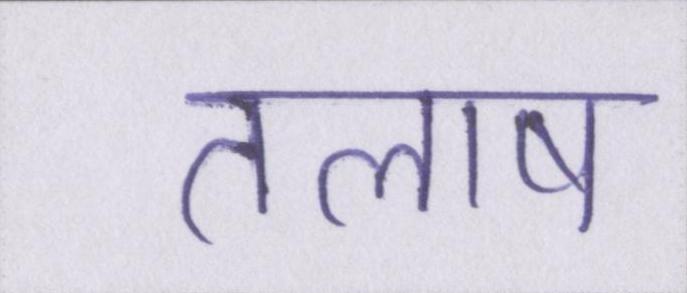
तलाष